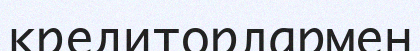
кредиторлармен